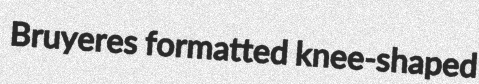
Bruyeres formatted knee-shaped